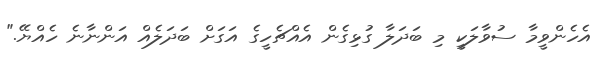
އެހެންވީމާ ސުވާލަކީ މި ބަދަލާ ގުޅިގެން އެއްޗެހީގެ އަގަށް ބަދަލެއް އަންނާނެ ހެއްޔޭ."